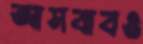
আসবাবও